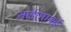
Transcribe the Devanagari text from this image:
आईएएमई